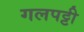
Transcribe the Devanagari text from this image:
गलपट्टी